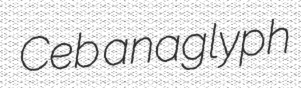
Ceb anaglyph